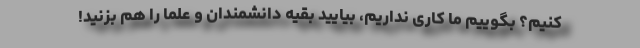
کنیم؟ بگوییم ما کاری نداریم، بیایید بقیه دانشمندان و علما را هم بزنید!